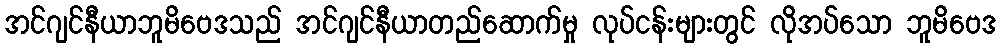
အင်ဂျင်နီယာဘူမိဗေဒသည် အင်ဂျင်နီယာတည်ဆောက်မှု လုပ်ငန်းများတွင် လိုအပ်သော ဘူမိဗေဒ